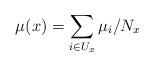
LaTeX: \begin{align*}\mu(x) = \sum_{i\in U_x} \mu_i / N_x \end{align*}